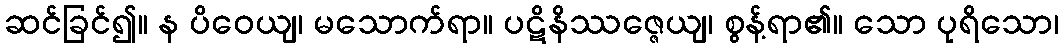
ဆင်ခြင်၍။ န ပိဝေယျ၊ မသောက်ရာ။ ပဋိနိဿဇ္ဇေယျ၊ စွန့်ရာ၏။ သော ပုရိသော၊